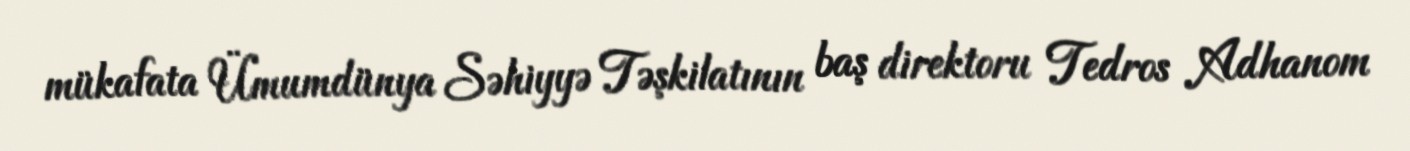
mükafata Ümumdünya Səhiyyə Təşkilatının baş direktoru Tedros Adhanom